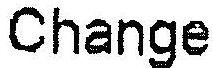
CHANGE